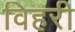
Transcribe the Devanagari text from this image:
विहरी